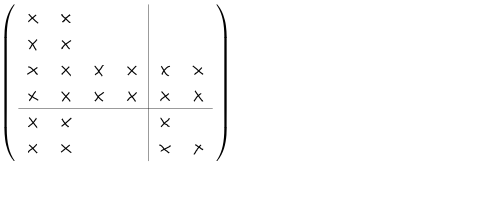
LaTeX: \left( \begin{array} { c c c c | c c } { { \times } } & { { \times } } & { { } } & { { } } & { { } } & { { } } \\ { { \times } } & { { \times } } & { { } } & { { } } & { { } } & { { } } \\ { { \times } } & { { \times } } & { { \times } } & { { \times } } & { { \times } } & { { \times } } \\ { { \times } } & { { \times } } & { { \times } } & { { \times } } & { { \times } } & { { \times } } \\ \hline { { \times } } & { { \times } } & { { } } & { { } } & { { \times } } & { { } } \\ { { \times } } & { { \times } } & { { } } & { { } } & { { \times } } & { { \times } } \\ \end{array} \right)